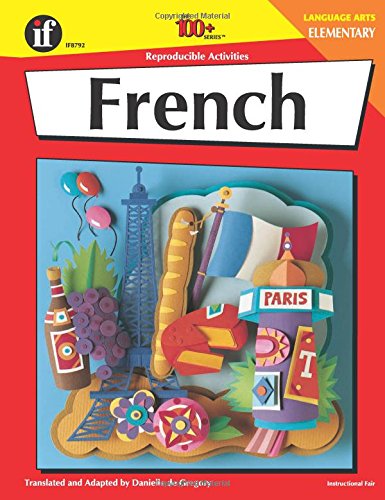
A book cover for French: Elementary - 100 Reproducible Activities (The 100+ Series); Danielle Degregory; Children's Books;